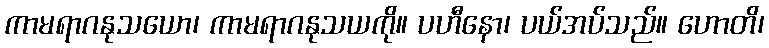
ကာမရာဂနုသယော၊ ကာမရာဂနုသယကို။ ပဟီနော၊ ပယ်အပ်သည်။ ဟောတိ၊